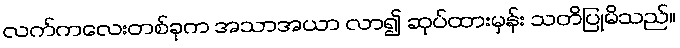
လက်ကလေးတစ်ခုက အသာအယာ လာ၍ ဆုပ်ထားမှန်း သတိပြုမိသည်။